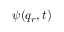
\psi ( q _ { r } , t )